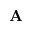
{ \bf A }